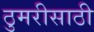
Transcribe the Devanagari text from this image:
ठुमरीसाठी